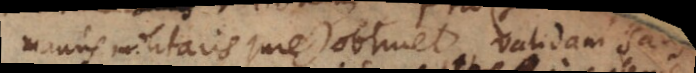
manus militaris jure) obtinet validam satis